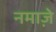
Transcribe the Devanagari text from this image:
नमाजे़